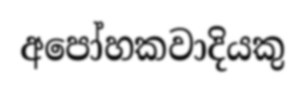
අපෝහකවාදියකු